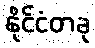
နိုင်ငံတခု